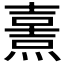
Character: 𤎿